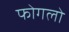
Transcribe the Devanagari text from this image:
फोगलो